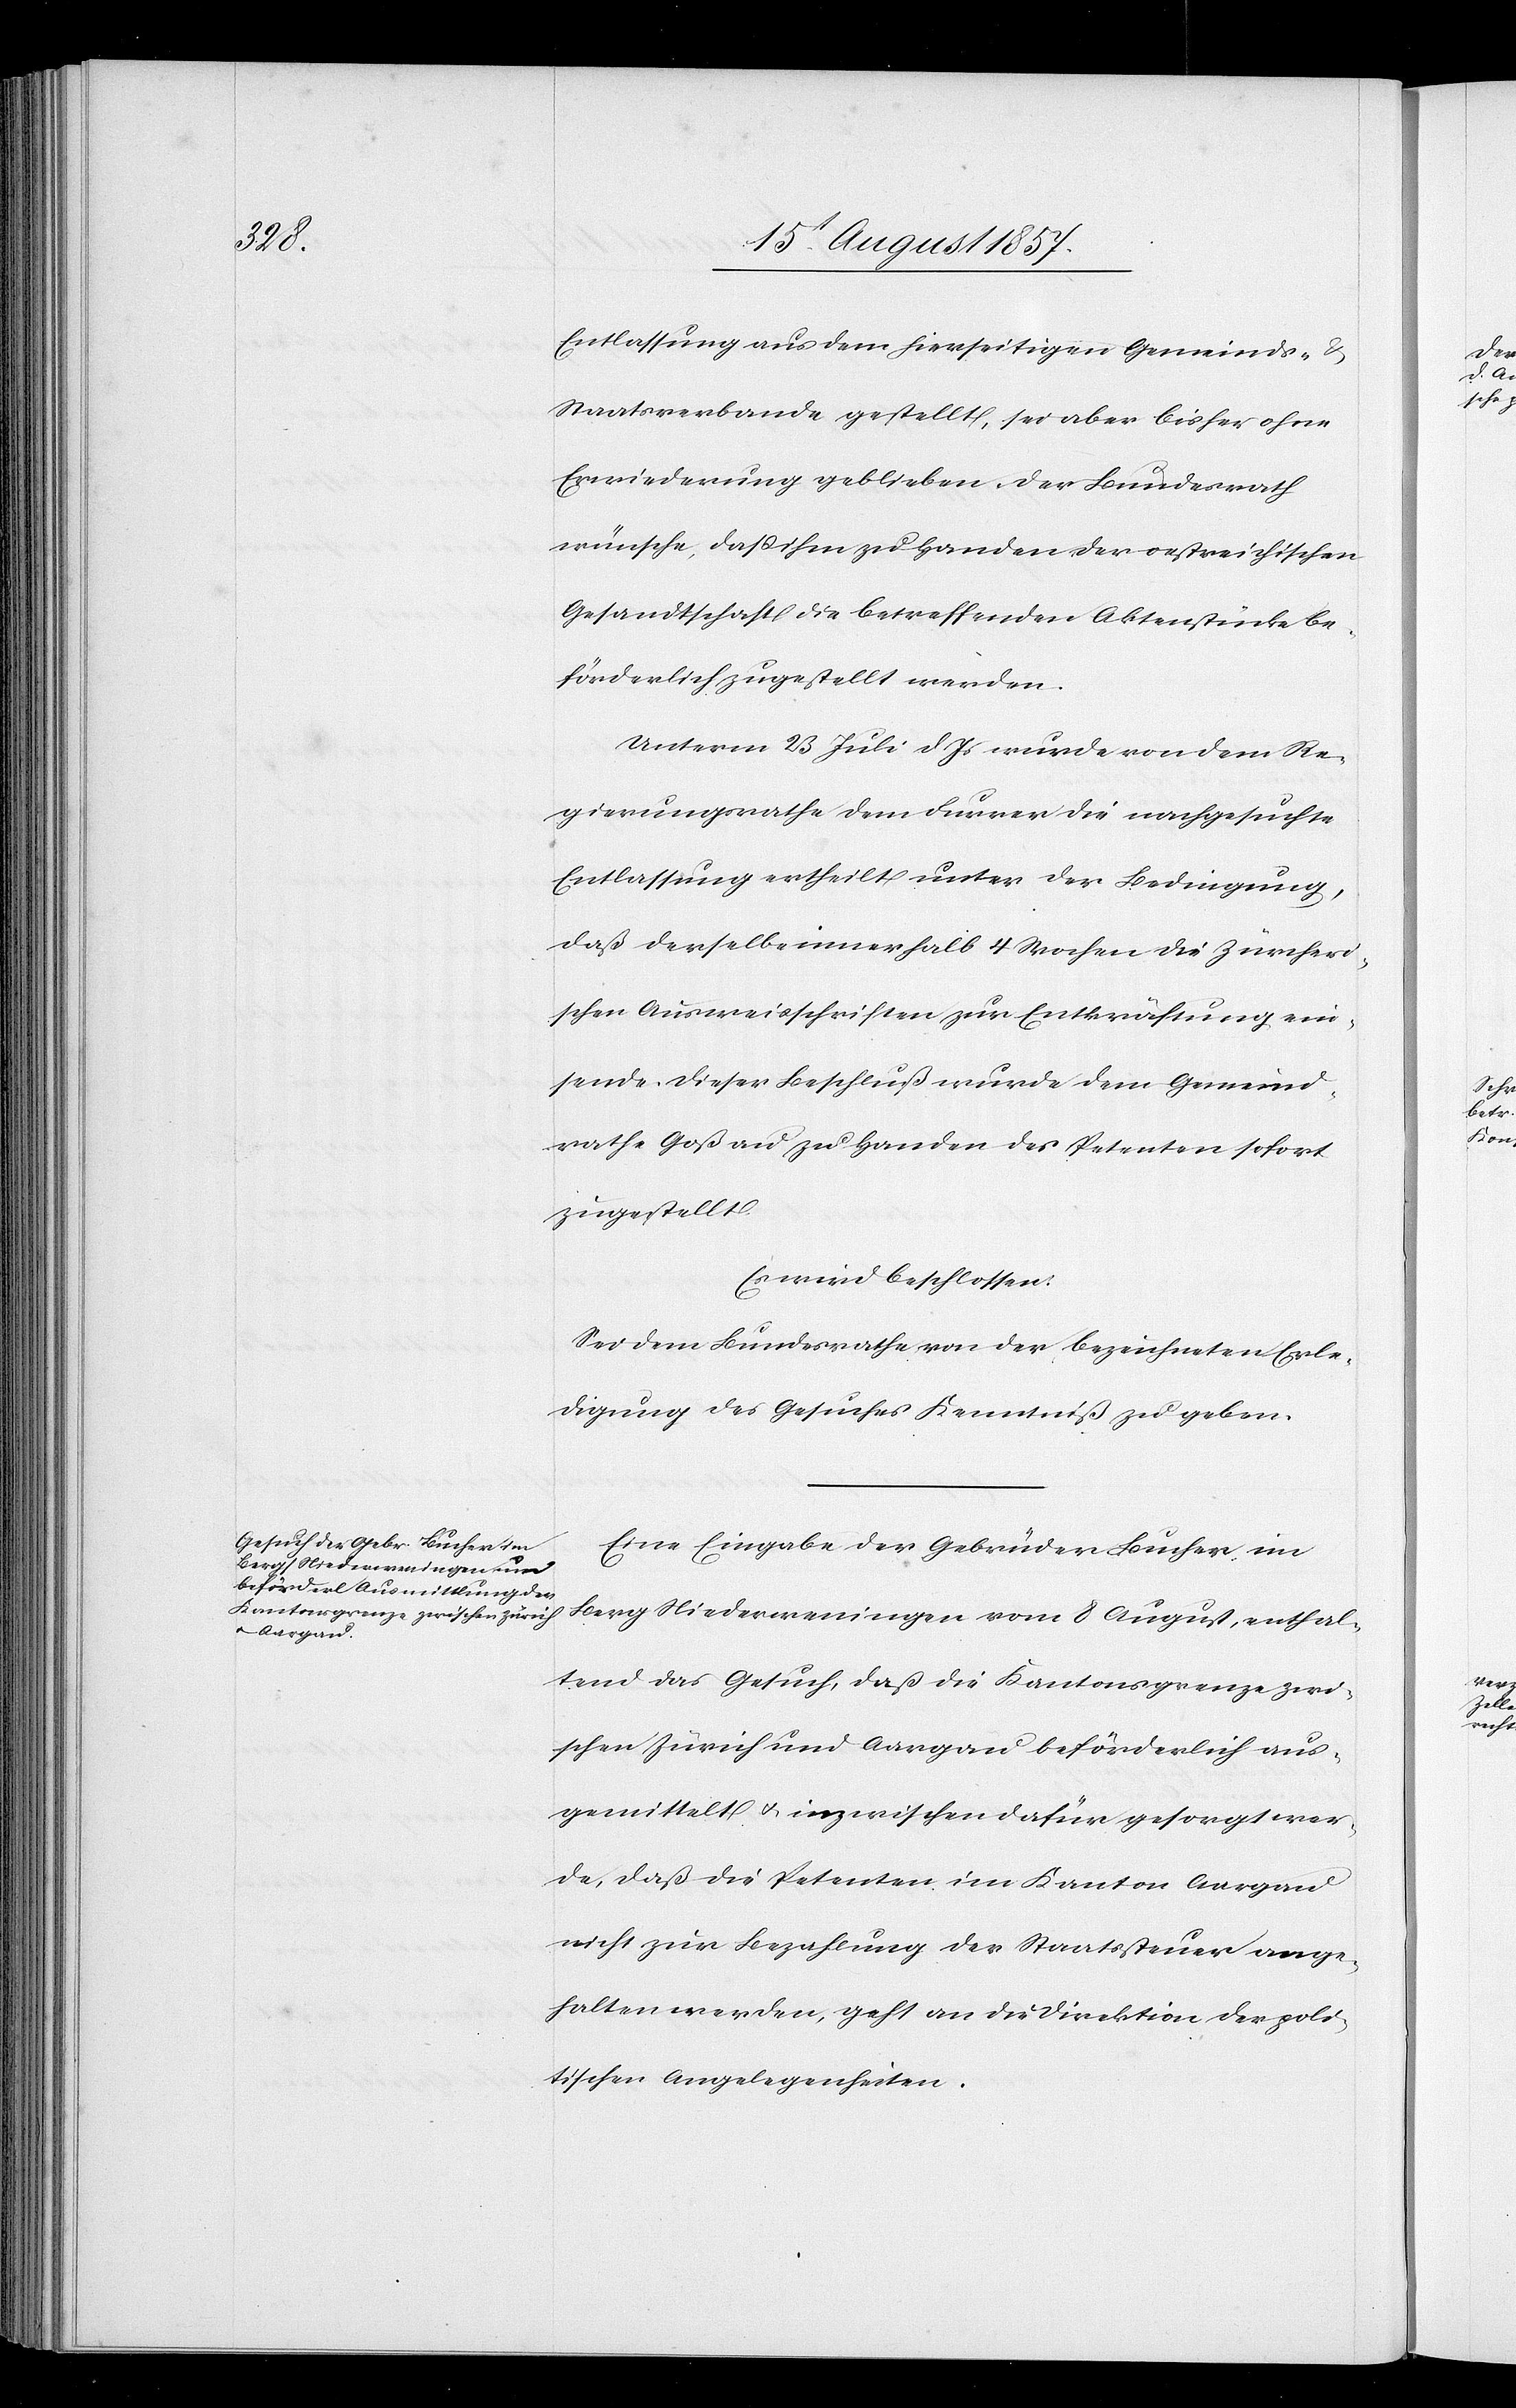
Entlassung aus dem hierseitigen Gemeinds- &
Staatsverbande gestellt, sei aber bisher ohne
Erwiederung geblieben. Der Bundesrath
wünsche, daß ihm zu Handen der oestreichischen
Gesandtschaft die betreffenden Aktenstücke be¬
förderlich zugestellt werden.
Unterm 23 Juli d. Js. wurde von dem Re¬
gierungsrathe dem Furrer die nachgesuchte
Entlassung ertheilt unter der Bedingung,
daß derselbe innerhalb 4 Wochen die Zürcheri¬
schen Ausweisschriften zur Entkräftung ein¬
sende. Dieser Beschluß wurde dem Gemeind¬
rathe Goßau zu Handen des Petenten sofort
zugestellt.
Es wird beschlossen:
Sei dem Bundesrathe von der bezeichneten Erle¬
digung des Gesuches Kenntniß zu geben.
Eine Eingabe der Gebrüder Bucher, im
Berg Niederweningen vom 8 August, enthal¬
tend das Gesuch, daß die Kantonsgrenze zwi¬
schen Zürich und Aargau beförderlich aus¬
gemittelt & inzwischen dafür gesorgt wer¬
de, daß die Petenten im Kanton Aargau
nicht zur Bezahlung der Staatssteuer ange¬
halten werden, geht an die Direktion der poli¬
tischen Angelegenheiten.